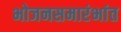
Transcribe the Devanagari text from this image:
भोजनसमारंभांत